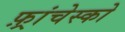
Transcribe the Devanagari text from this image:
फ़्रांचेस्को